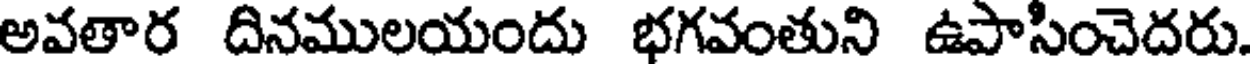
అవతార దినములయందు భగవంతుని ఉపాసించెదరు.